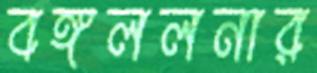
বঙ্গললনার